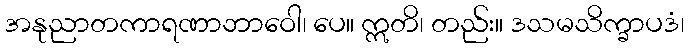
အနုညာတကာရဏာဘာဝေါ၊ ပေ။ ဣတိ၊ တည်း။ ဒသမသိက္ခာပဒံ၊